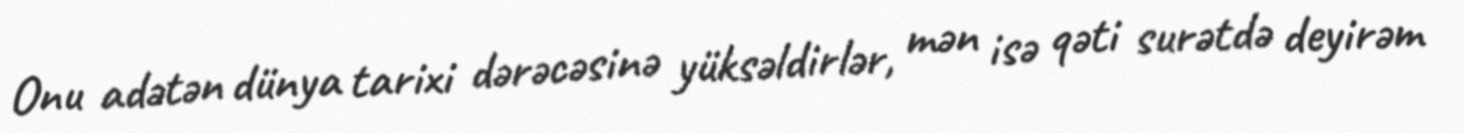
Onu adətən dünya tarixi dərəcəsinə yüksəldirlər, mən isə qəti surətdə deyirəm